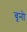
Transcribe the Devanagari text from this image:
बृनो